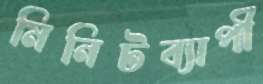
মিনিটব্যাপী